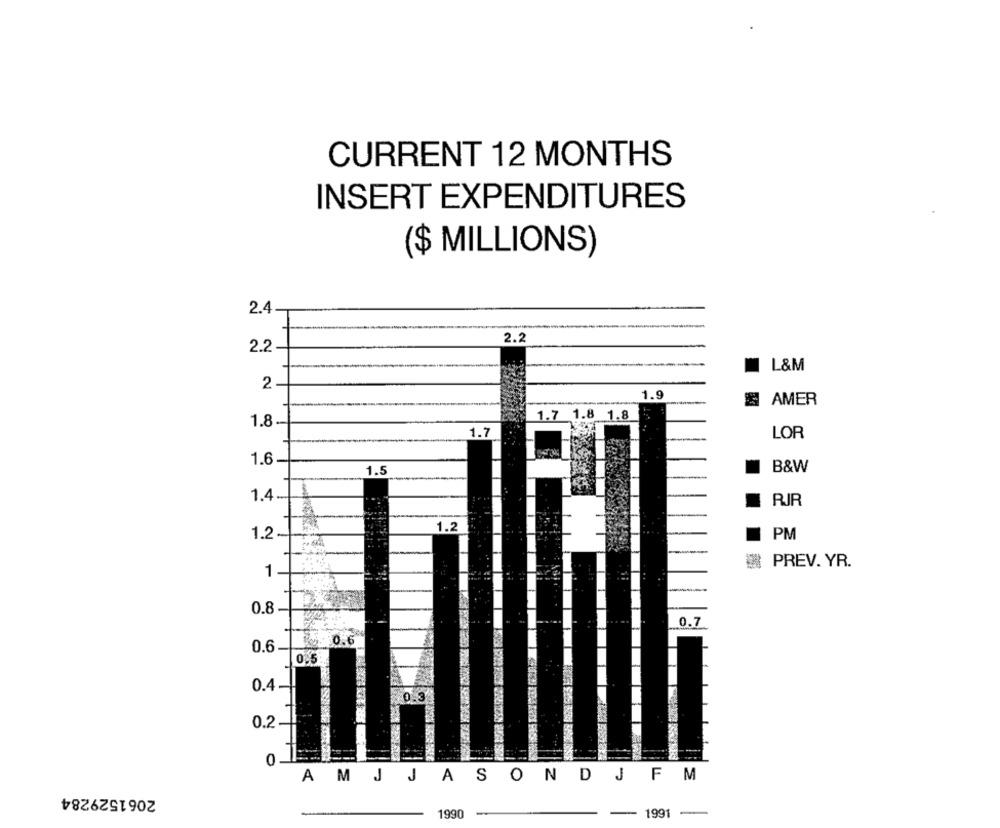
CURRENT 12 MONTHS
INSERT EXPENDITURES
($ MILLIONS)
2.4
2.2
2.2
L&M
2
1.9
AMER
1.7 1.8 1.8
1.8
1.7
LOR
1.6
1.5
B&W
1.4
RIR
1.2
1.2
PM
PREV. YR.
1
0.8
0.7
6.0.6
0.6
0.5
0.4-
0.2
0.
AM J JASONDJFM
2061529284
1990
1991